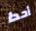
أحدا